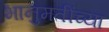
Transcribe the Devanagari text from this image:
भानुमतींच्या